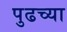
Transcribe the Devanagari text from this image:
पुढच्‍या